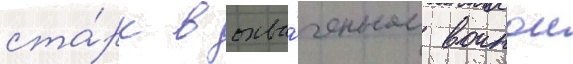
ста́рк в охва́ченном воинои